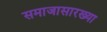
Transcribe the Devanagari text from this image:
समाजासारख्या